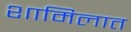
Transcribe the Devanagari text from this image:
शामिलात